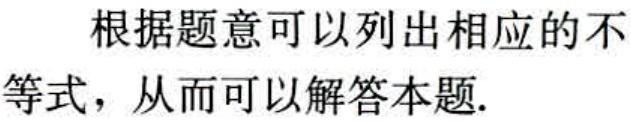
根据题意可以列出相应的不等式，从而可以解答本题.